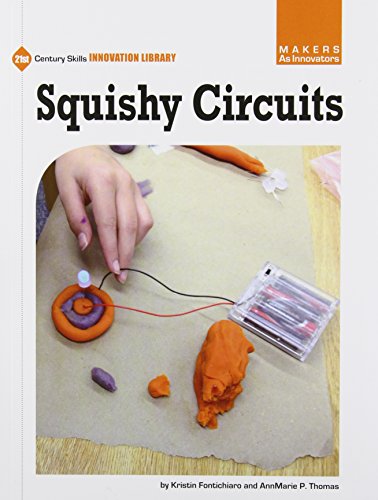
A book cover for Squishy Circuits (21st Century Skills Innovation Library: Makers As Innovators); Kristin Fontichiaro; Children's Books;